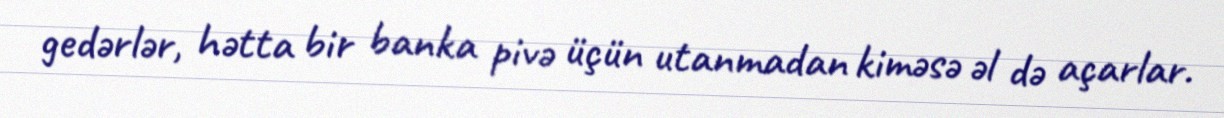
gedərlər, hətta bir banka pivə üçün utanmadan kiməsə əl də açarlar.